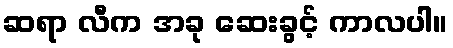
ဆရာ လီက အခု ဆေးခွင့် ကာလပါ။